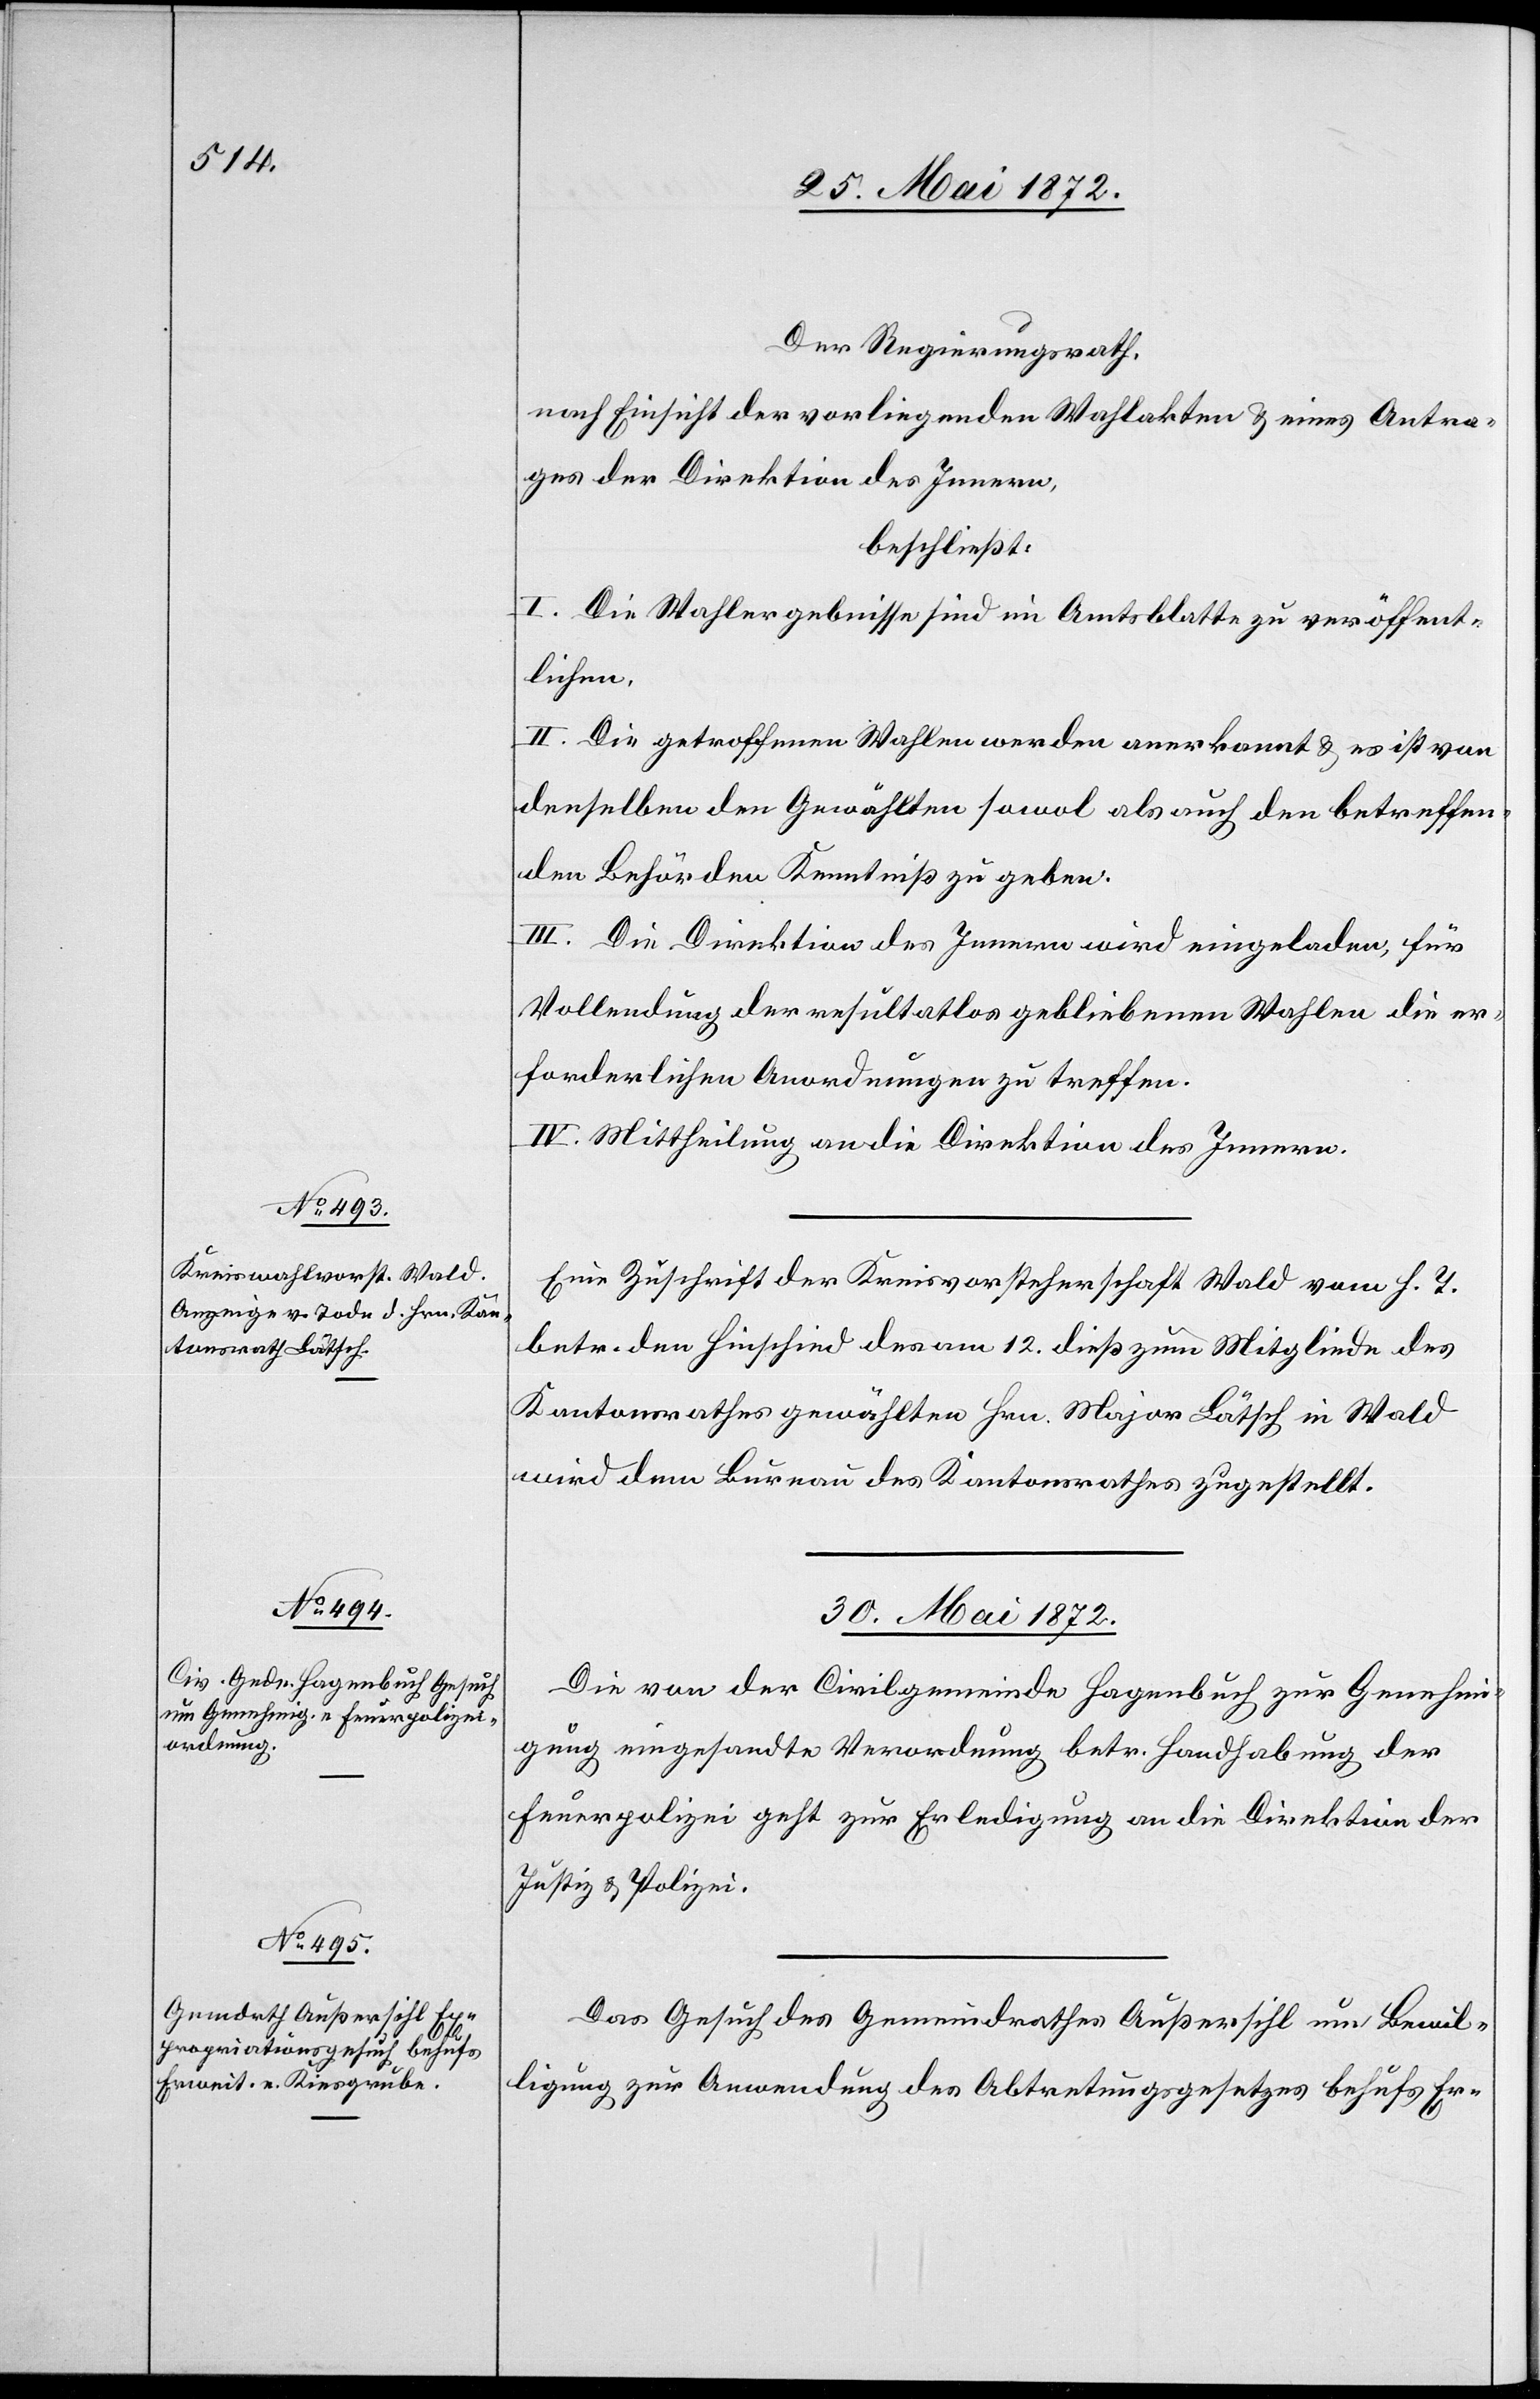
29. Mai 1872.]
Der Regierungsrath,
nach Einsicht der vorliegenden Wahlakten u. eines Antra¬
ges der Direktion des Innern,
beschließt:
I. Die Wahlergebnisse sind im Amtsblatte zu veröffent¬
lichen.
II. Die getroffenen Wahlen werden anerkannt u. es ist von
denselben den Gewählten sowol als auch den betreffen¬
den Behörden Kenntniß zu geben.
III. Die Direktion des Innern wird eingeladen, für
Vollendung der resultatlos gebliebenen Wahlen die er¬
forderlichen Anordnungen zu treffen.
IV. Mittheilung an die Direktion des Innern.
Eine Zuschrift der Kreisvorsteherschaft Wald vom h. T.
betr. den Hinschied des am 12. dieß zum Mitgliede des
Kantonsrathes gewählten Hrn. Major Lätsch in Wald
wird dem Bureau des Kantonsrathes zugestellt.
30. Mai 1872.]
Die von der Civilgemeinde Hagenbuch zur Genehmi¬
gung eingesandte Verordnung betr. Handhabung der
Feuerpolizei geht zur Erledigung an die Direktion der
Justiz u. Polizei.
Das Gesuch des Gemeindrathes Außersihl um Bewil¬
ligung zur Anwendung des Abtretungsgesetzes behufs Er-